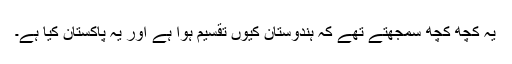
یہ کچھ کچھ سمجھتے تھے کہ ہندوستان کیوں تقسیم ہوا ہے اور یہ پاکستان کیا ہے۔